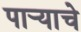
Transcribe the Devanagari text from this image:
पार्‍याचे